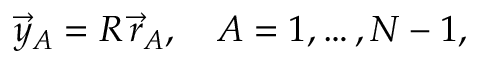
\vec { y } _ { A } = R \, \vec { r } _ { A } , \quad A = 1 , \dots , N - 1 ,